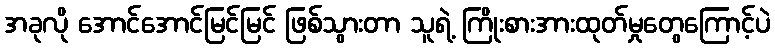
အခုလို အောင်အောင်မြင်မြင် ဖြစ်သွားတာ သူရဲ့ ကြိုးစားအားထုတ်မှုတွေကြောင့်ပဲ